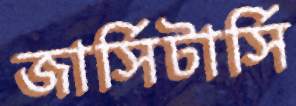
জার্সিটার্সি